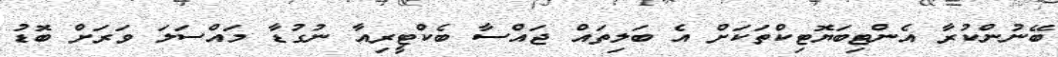
ބޭނުންކުރާ އެންޓިބަޔޮޓިކްތަކަށް އެ ބަލިތައް ޖައްސާ ބެކްޓީރިއާ ނުގުޑާ މައްސަލަ ވަރަށް ބޮޑު